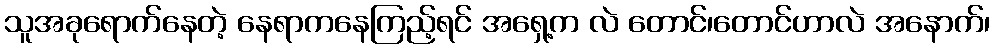
သူအခုရောက်နေတဲ့ နေရာကနေကြည့်ရင် အရှေ့က လဲ တောင်၊တောင်ဟာလဲ အနောက်၊